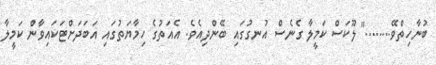
ބުނާހިތްވޭ........" ލޫކަސް ކަމީލާ ގެނެސް އުނގުގައި ބޭންދިއެވެ. އެއަތުގެ ހިމާޔަތުގައި އަބަދަށްޓަކައިވާން ކަމީލާ